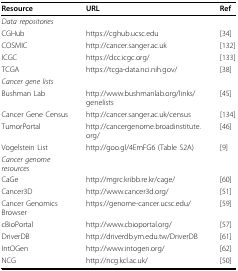
<table><thead><tr><td><b>Resource</b></td><td><b>URL</b></td><td><b>Ref</b></td></tr></thead><tbody><tr><td><i>Data repositories</i></td><td></td><td></td></tr><tr><td>CGHub</td><td>https://cghub.ucsc.edu</td><td>[34]</td></tr><tr><td>COSMIC</td><td>http://cancer.sanger.ac.uk</td><td>[132]</td></tr><tr><td>ICGC</td><td>https://dcc.icgc.org/</td><td>[133]</td></tr><tr><td>TCGA</td><td>https://tcga-data.nci.nih.gov/</td><td>[38]</td></tr><tr><td><i>Cancer gene lists</i></td><td></td><td></td></tr><tr><td>Bushman Lab</td><td>http://www.bushmanlab.org/links/genelists</td><td>[45]</td></tr><tr><td>Cancer Gene Census</td><td>http://cancer.sanger.ac.uk/census</td><td>[134]</td></tr><tr><td>TumorPortal</td><td>http://cancergenome.broadinstitute.org/</td><td>[46]</td></tr><tr><td>Vogelstein List</td><td>http://goo.gl/4EmFG6 (Table S2A)</td><td>[9]</td></tr><tr><td><i>Cancer genome resources</i></td><td></td><td></td></tr><tr><td>CaGe</td><td>http://mgrc.kribb.re.kr/cage/</td><td>[60]</td></tr><tr><td>Cancer3D</td><td>http://www.cancer3d.org/</td><td>[51]</td></tr><tr><td>Cancer Genomics Browser</td><td>https://genome-cancer.ucsc.edu/</td><td>[59]</td></tr><tr><td>cBioPortal</td><td>http://www.cbioportal.org/</td><td>[57]</td></tr><tr><td>DriverDB</td><td>http://driverdb.ym.edu.tw/DriverDB</td><td>[61]</td></tr><tr><td>IntOGen</td><td>http://www.intogen.org/</td><td>[62]</td></tr><tr><td>NCG</td><td>http://ncg.kcl.ac.uk/</td><td>[50]</td></tr></tbody></table>